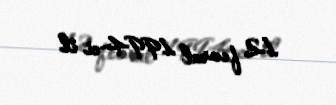
12 fevral 1994-ci il